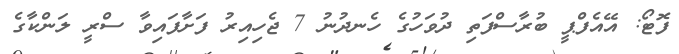
ފޮޓޯ: އޭއެފްޕީ ބުރާސްފަތި ދުވަހުގެ ހެނދުނު 7 ޖެހިއިރު ފަށާފައިވާ ސްރީ ލަންކާގެ